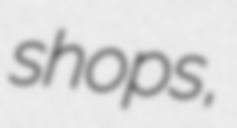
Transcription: shops,